Report on vaccination in the Province of Bengal - 1874-1889
Year: 1874
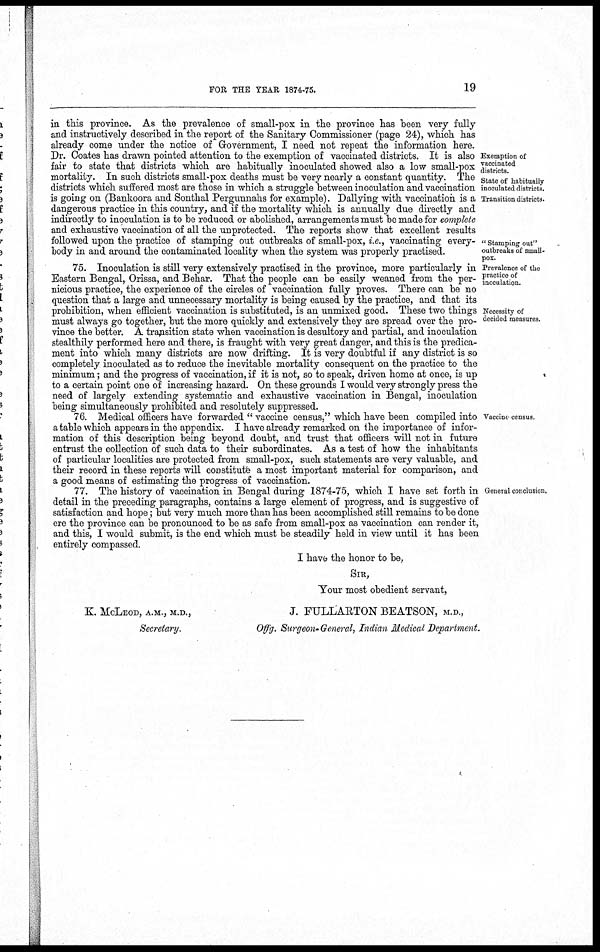
FOR THE YEAR 1874-75.
19
Exemption of
vaccinated
districts.
State of habitually
inoculated districts.
Transition districts.
" Stamping out"
outbreaks of small-
pox.
in this province. As the prevalence of small-pox in the province has been very fully
and instructively described in the report of the Sanitary Commissioner (page 24), which has
already come under the notice of Government, I need not repeat the information here.
Dr. Coates has drawn pointed attention to the exemption of vaccinated districts. It is also
fair to state that districts which are habitually inoculated showed also a low small-pox
mortality. In such districts small-pox deaths must be very nearly a constant quantity. The
districts which suffered most are those in which a struggle between inoculation and vaccination
is going on (Bankoora and Sonthal Pergunnahs for example). Dallying with vaccination is a
dangerous practice in this country, and if the mortality which is annually due directly and
indirectly to inoculation is to be reduced or abolished, arrangements must be made for complete
and exhaustive vaccination of all the unprotected. The reports show that excellent results
followed upon the practice of stamping out outbreaks of small-pox, i.e., vaccinating every-
body in and around the contaminated locality when the system was properly practised.
Prevalence of the
practice of
inoculation.
Necessity of
decided measures.
75. Inoculation is still very extensively practised in the province, more particularly in
Eastern Bengal, Orissa, and Behar. That the people can be easily weaned from the per-
nicious practice, the experience of the circles of vaccination fully proves. There can be no
question that a large and unnecessary mortality is being caused by the practice, and that its
prohibition, when efficient vaccination is substituted, is an unmixed good. These two things
must always go together, but the more quickly and extensively they are spread over the pro-
vince the better. A transition state when vaccination is desultory and partial, and inoculation
stealthily performed here and there, is fraught with very great danger, and this is the predica-
ment into which many districts are now drifting. It is very doubtful if any district is so
completely inoculated as to reduce the inevitable mortality consequent on the practice to the
minimum; and the progress of vaccination, if it is not, so to speak, driven home at once, is up
to a certain point one of increasing hazard. On these grounds I would very strongly press the
need of largely extending systematic and exhaustive vaccination in Bengal, inoculation
being simultaneously prohibited and resolutely suppressed.
Vaccine census.
76. Medical officers have forwarded " vaccine census," which have been compiled into
a table which appears in the appendix. I have already remarked on the importance of infor-
mation of this description being beyond doubt, and trust that officers will not in future
entrust the collection of such data to their subordinates. As a test of how the inhabitants
of particular localities are protected from small-pox, such statements are very valuable, and
their record in these reports will constitute a most important material for comparison, and
a good means of estimating the progress of vaccination.
General conclusion.
77. The history of vaccination in Bengal during 1874-75, which I have set forth in
detail in the preceding paragraphs, contains a large element of progress, and is suggestive of
satisfaction and hope; but very much more than has been accomplished still remains to be done
ere the province can be pronounced to be as safe from small-pox as vaccination can render it,
and this, I would submit, is the end which must be steadily held in view until it has been
entirely compassed.
I have the honor to be,
SIR,
Your most obedient servant,
K. McLEOD, A.M., M.D.,
J. FULLARTON BEATSON, M.D.,
Secretary.
Offg. Surgeon-General, Indian Medical Department.